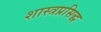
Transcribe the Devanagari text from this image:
शास्त्रप्रसिद्ध